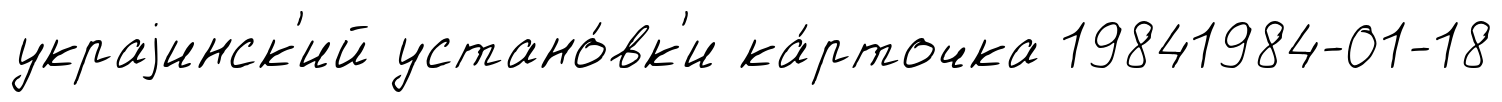
украjинск'ий устано́вк'и ка́рточка 19841984-01-18